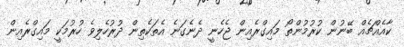
ކާއެއްޗެއް ބޭނުން ކުރުމުންތޯ މައިގްރެއިން ޖެހެނީ ދެނެގަނެ އެތަކެތިން ދުރުހެލިވެ ހުރުމަކީ މައިގްރެެއިން